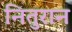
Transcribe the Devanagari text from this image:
नितुरान